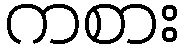
ကစား